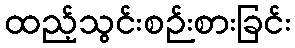
ထည့်သွင်းစဉ်းစားခြင်း